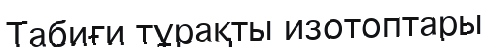
Табиғи тұрақты изотоптары